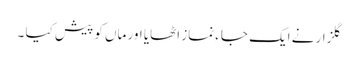
گلزار نے ایک جاء نماز اٹھایا اور ماں کو پیش کیا ۔